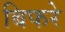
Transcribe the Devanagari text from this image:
बिफरे